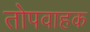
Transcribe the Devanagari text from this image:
तोपवाहक